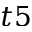
t 5